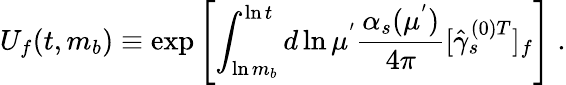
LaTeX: U_{f}(t,m_{b})\equiv\exp\left[\int_{\ln m_{b}}^{\ln t}d\ln\mu^{'}{\frac{\alpha_{s}(\mu^{'})}{4\pi}}[{\hat{\gamma}_{s}^{(0)T}}]_{f}\right]\; .